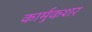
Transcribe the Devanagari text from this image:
कार्मुकशर